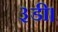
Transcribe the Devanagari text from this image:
३डी।